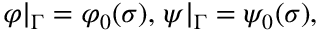
\left. \varphi \right\vert _ { \Gamma } = \varphi _ { 0 } ( \sigma ) , \left. \psi \right\vert _ { \Gamma } = \psi _ { 0 } ( \sigma ) ,